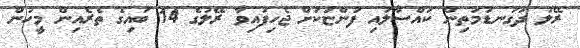
ރޭލު ދަގަނޑުމަތިން ކައްސާލައި ފުންޏަކަށް ޖެހިފައިވާ ރޭލުގެ 14 ބައިގެ ތެރެއިން މީހުން